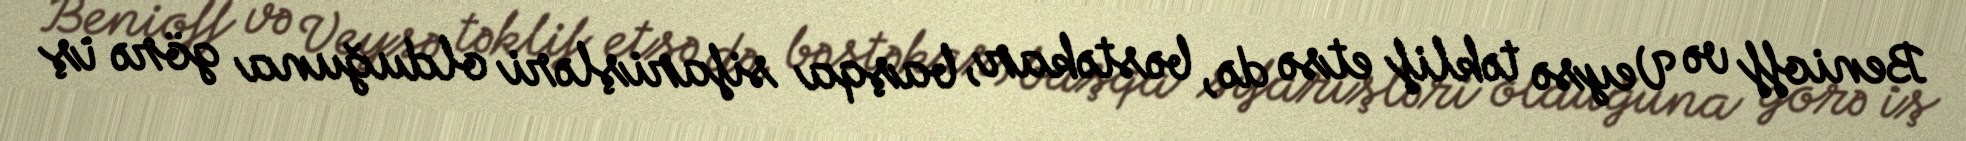
Benioff və Veysə təklif etsə də, bəstəkar, başqa sifarişləri olduğuna görə iş